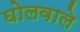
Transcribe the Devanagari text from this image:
घोलवाले